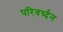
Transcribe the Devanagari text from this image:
परिवर्ध्दन